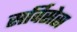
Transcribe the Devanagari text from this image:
सर्विसेस